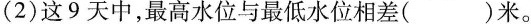
(2)这9天中，最高水位与最低水位相差()米。